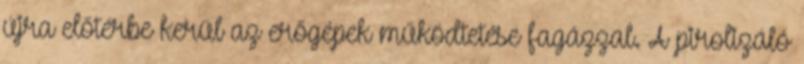
újra előtérbe kerül az erőgépek működtetése fagázzal. A pirolizáló